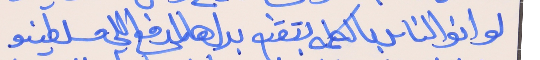
لو انو الناس بالكلمه بتقنع     بدل هالمدفع اللي مسلطينو